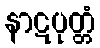
နာဋပုတ္တံ